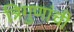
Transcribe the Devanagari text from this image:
त्रिगुणांची